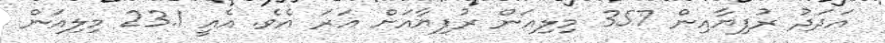
އަދަދު ރުފިޔާއިން 357 މިލިއަން ރުފިޔާއަށް އަރަ އެވެ. އެއީ 23.1 މިލިއަން